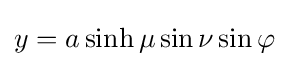
y=a\sinh \mu \sin \nu \sin \varphi